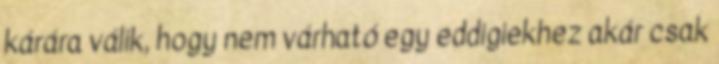
kárára válik, hogy nem várható egy eddigiekhez akár csak